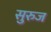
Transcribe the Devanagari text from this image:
सुरुज